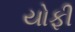
યોફી